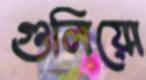
গুলিয়ো